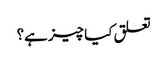
تعلق کیا چیز ہے؟